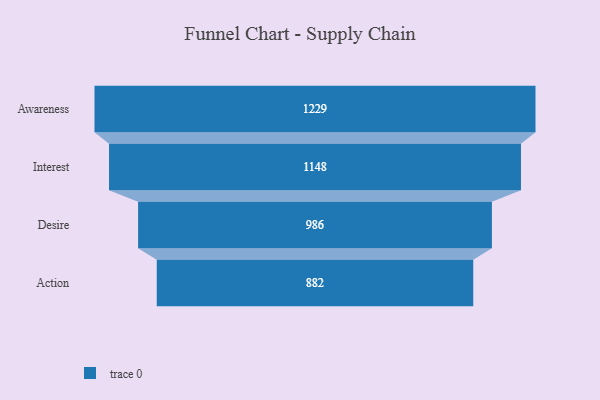
{"axis": {"x": "Stage", "y": "Value"}, "legend": [""], "data": [{"x": "Awareness", "y": 1229.0, "type": ""}, {"x": "Interest", "y": 1148.0, "type": ""}, {"x": "Desire", "y": 986.0, "type": ""}, {"x": "Action", "y": 882.0, "type": ""}]}